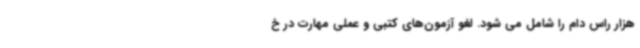
هزار راس دام را شامل می شود. لغو آزمون‌های کتبی و عملی مهارت در خ